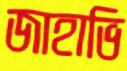
জাহাভি